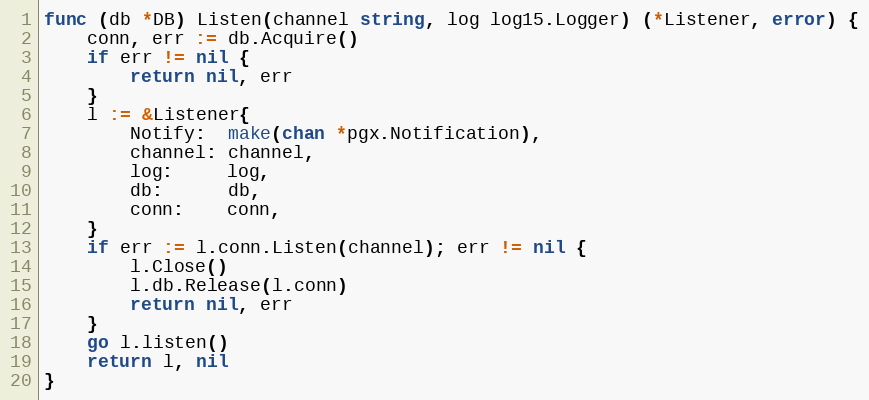
Language: Go
func (db *DB) Listen(channel string, log log15.Logger) (*Listener, error) {
	conn, err := db.Acquire()
	if err != nil {
		return nil, err
	}
	l := &Listener{
		Notify:  make(chan *pgx.Notification),
		channel: channel,
		log:     log,
		db:      db,
		conn:    conn,
	}
	if err := l.conn.Listen(channel); err != nil {
		l.Close()
		l.db.Release(l.conn)
		return nil, err
	}
	go l.listen()
	return l, nil
}